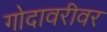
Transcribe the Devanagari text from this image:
गोदावरीवर